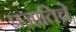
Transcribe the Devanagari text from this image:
प्रजातिचे